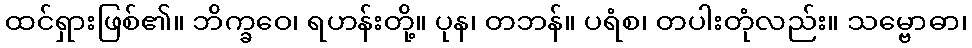
ထင်ရှားဖြစ်၏။ ဘိက္ခဝေ၊ ရဟန်းတို့။ ပုန၊ တဘန်။ ပရံစ၊ တပါးတုံလည်း။ သမ္ဗောဓာ၊